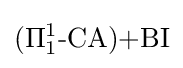
{\textrm {(}}\Pi _{1}^{1}{\textrm {-CA)+BI}}